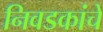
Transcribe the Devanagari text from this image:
निवडकांचे